Indian journal of veterinary science and animal husbandry - Volumes 24-25, 1954-1955
Year: 1954
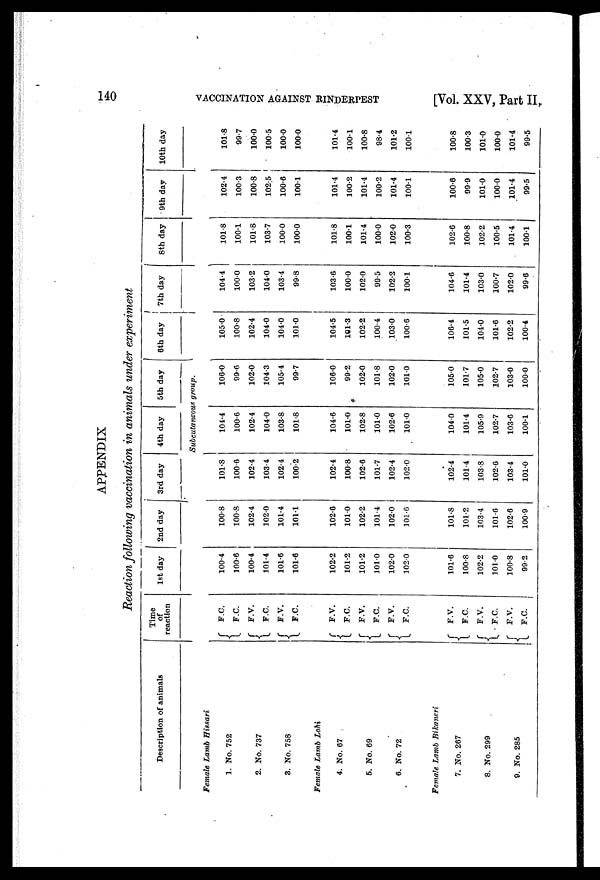
140
VACCINATION AGAINST RINDERPEST
[Vol. XXV, Part II,
APPENDIX
Reaction following vaccination in animals under experiment
Description of animals
Time
of
reaction
1st day
2nd day
3rd day
4th day
5th day
6th day
7th day
8th day
9th day
10th day
Subcutaneous group.
Female Lamb Hissari
1. No. 752
2. No. 737
3. No. 758
Female Lamb Lohi
4. No. 67
5. No. 69
6. No. 72
Female Lamb Bikaneri
7. No. 267
8. No. 299
9. No. 285
F.C.
F.C.
F.V.
F.C.
F.V.
F.C.
F.V.
F.C.
F.V.
F.C.
F.V.
F.C.
F.V.
F.C.
F.V.
F.C.
F.V.
F.C.
100.4
100.6
100.4
101.4
101.6
101.6
102.2
101.2
101.2
101.0
102.0
102.0
101.6
100.8
102.2
101.0
100.8
99.2
100.8
100.8
102.4
102.0
101.4
101.1
102.6
101.0
102.2
101.4
102.0
101.6
101.8
101.2
103.4
101.6
102.6
100.9
101.8
100.6
102.4
103.4
102.4
100.2
102.4
100.8
102.6
101.7
102.4
102.0
102.4
101.4
103.8
102.6
103.4
101.0
104.4
100.6
102.4
104.0
103.8
101.8
104.6
101.0
102.8
101.0
102.6
101.0
104.0
101.4
105.9
102.7
103.6
100.1
106.0
99.6
102.0
104.3
105.4
99.7
106.0
99.2
102.0
101.8
102.0
101.0
105.0
101.7
105.0
102.7
103.0
100.0
105.0
100.8
102.4
104.0
104.0
101.0
104.5
101.3
102.2
100.4
103.0
100.6
106.4
101.5
104.0
101.6
102.2
100.4
104.4
100.0
103.2
104.0
103.4
99.8
103.6
100.0
102.0
99.5
102.2
100.1
104.6
101.4
103.0
100.7
102.0
99.6
101.8
100.1
101.8
103.7
100.0
100.0
101.8
100.1
101.4
100.0
102.0
100.3
102.6
100.8
102.2
100.5
101.4
100.1
102.4
100.3
100.8
102.5
100.6
100.1
101.4
100.2
101.4
100.2
101.4
100.1
100.6
99.9
101.0
100.0
101.4
99.5
101.8
99.7
100.0
100.5
100.0
100.0
101.4
100.1
100.8
98.4
101.2
100.1
100.8
100.3
101.0
100.0
101.4
99.5